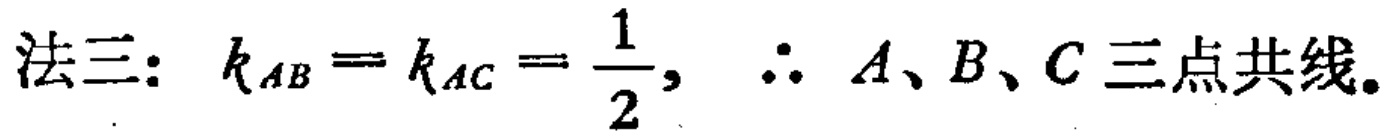
法三: \(k_{AB}=k_{AC}=\dfrac{1}{2},\ \therefore\ A、B、C\)三点共线。